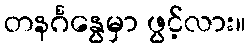
တနင်္ဂနွေမှာ ဖွင့်လား။